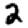
Digit: 2